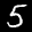
Label: 5